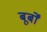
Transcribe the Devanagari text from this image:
बूर्बों